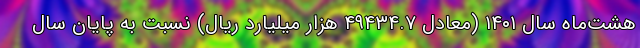
هشت‌ماه سال ۱۴۰۱ (معادل ۴۹۴۳۴.۷ هزار میلیارد ریال) نسبت به پایان سال